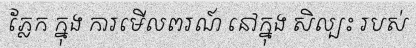
ភ្លែក ក្នុង ការមើលពរណ៍ នៅក្នុង សិល្បះ របស់